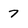
Character: 7